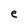
Character: e